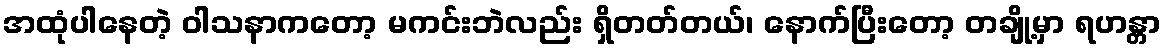
အထုံပါနေတဲ့ ဝါသနာကတော့ မကင်းဘဲလည်း ရှိတတ်တယ်၊ နောက်ပြီးတော့ တချို့မှာ ရဟန္တာ